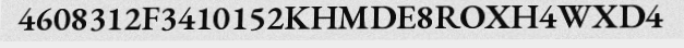
4608312F3410152KHMDE8ROXH4WXD4